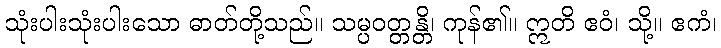
သုံးပါးသုံးပါးသော ဓာတ်တို့သည်။ သမ္ပဝတ္တန္တိ၊ ကုန်၏။ ဣတိ ဧဝံ၊ သို့။ ဧကံ၊